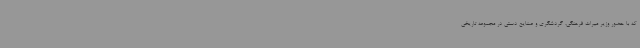
که با حضور وزیر میراث فرهنگی، گردشگری و صنایع دستی در مجموعه تاریخی